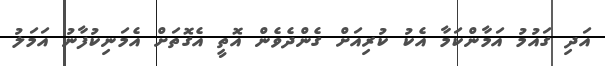
އަދި ގައުމު އަމާންކަމާ އެކު ކުރިއަށް ގެންދެވެން އޮތީ އެގޮތަށް އެމަނިކުފާނު އަމަލު